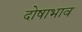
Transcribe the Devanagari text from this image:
दोषाभाव